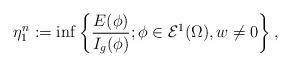
LaTeX: \begin{align*} \eta_1^n := \inf \left\{\frac{E(\phi)}{I_g (\phi)} ; \phi \in \mathcal E^1(\Omega), w \neq 0 \right\}, \end{align*}